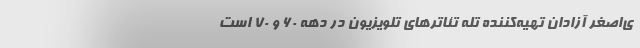
ی‌اصغر آزادان تهیه‌کننده تله تئاترهای تلویزیون در دهه ۶۰ و ۷۰ است